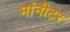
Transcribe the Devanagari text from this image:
मांनीटर